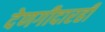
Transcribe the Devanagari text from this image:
देणगीदारही